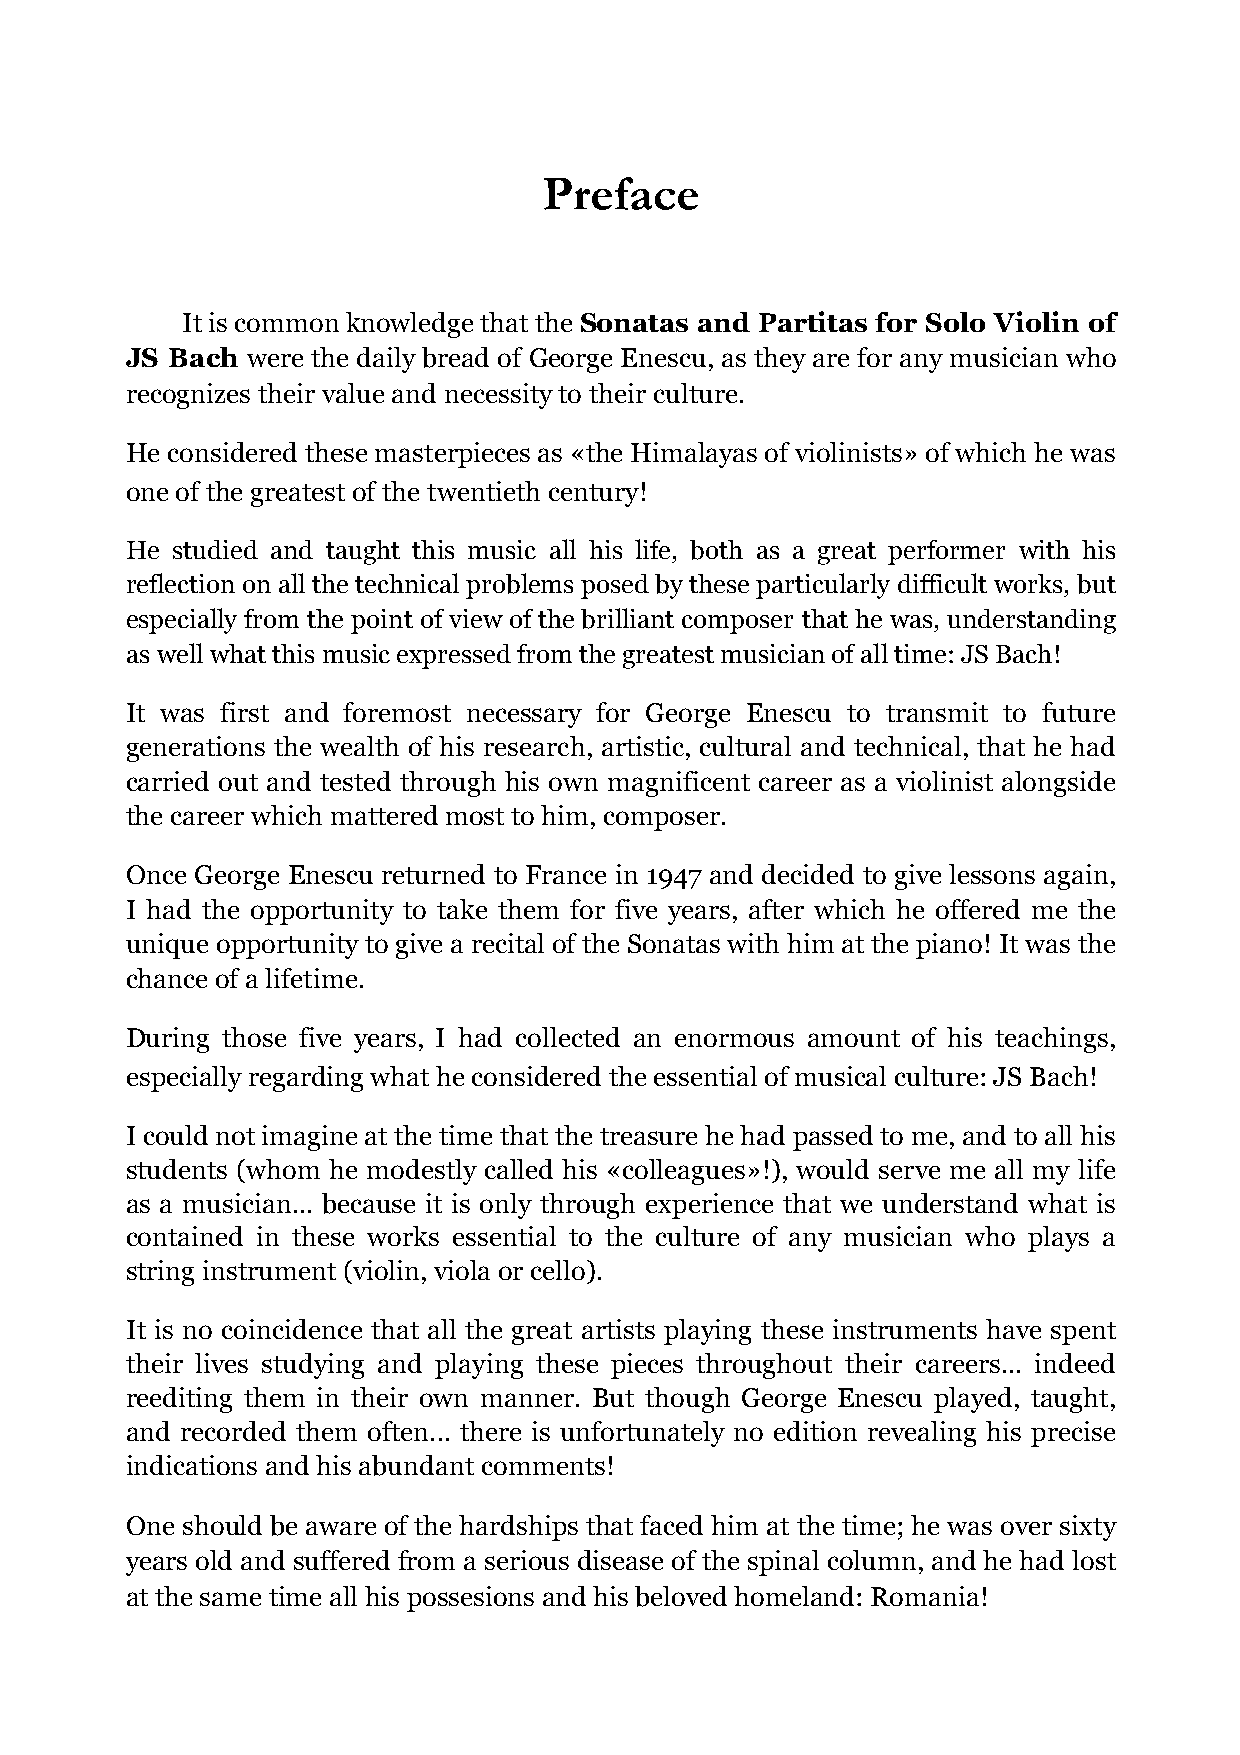
Preface
 It is common knowledge that the Sonatas and Partitas for Solo Violin of
 JS Bach were the daily bread of George Enescu, as they are for any musician who
 recognizes their value and necessity to their culture.
 He considered these masterpieces as «the Himalayas of violinists» of which he was
 one of the greatest of the twentieth century!
 He studied and taught this music all his life, both as a great performer with his
 reflection on all the technical problems posed by these particularly difficult works, but
 especially from the point of view of the brilliant composer that he was, understanding
 as well what this music expressed from the greatest musician of all time: JS Bach!
 It was first and foremost necessary for George Enescu to transmit to future
 generations the wealth of his research, artistic, cultural and technical, that he had
 carried out and tested through his own magnificent career as a violinist alongside
 the career which mattered most to him, composer.
 Once George Enescu returned to France in 1947 and decided to give lessons again,
 I had the opportunity to take them for five years, after which he offered me the
 unique opportunity to give a recital of the Sonatas with him at the piano! It was the
 chance of a lifetime.
 During those five years, I had collected an enormous amount of his teachings,
 especially regarding what he considered the essential of musical culture: JS Bach!
 I could not imagine at the time that the treasure he had passed to me, and to all his
 students (whom he modestly called his «colleagues»!), would serve me all my life
 as a musician... because it is only through experience that we understand what is
 contained in these works essential to the culture of any musician who plays a
 string instrument (violin, viola or cello).
 It is no coincidence that all the great artists playing these instruments have spent
 their lives studying and playing these pieces throughout their careers... indeed
 reediting them in their own manner. But though George Enescu played, taught,
 and recorded them often... there is unfortunately no edition revealing his precise
 indications and his abundant comments!
 One should be aware of the hardships that faced him at the time; he was over sixty
 years old and suffered from a serious disease of the spinal column, and he had lost
 at the same time all his possesions and his beloved homeland: Romania!